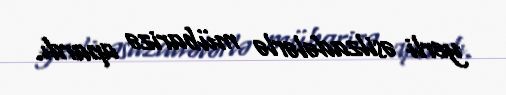
yerli əsilzadələrlə mübarizə apardı.